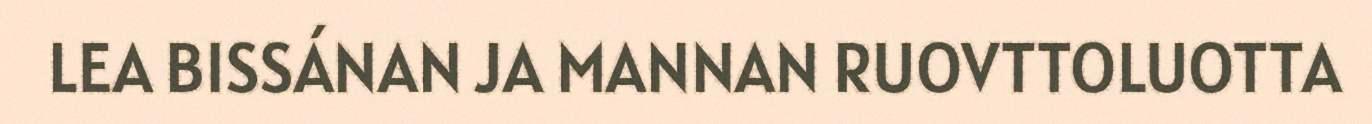
LEA BISSÁNAN JA MANNAN RUOVTTOLUOTTA